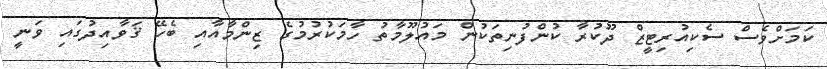
ކަމަށްވެސް ސެކިއުރިޓީޒް ދޫކުރާ ކުންފުނިތަކުން މައުލޫމާތު ހާމަކުރުމުގެ ޒިންމާއާއި ބެހޭ ޤަވާއިދުގައި ވަނީ